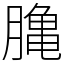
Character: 𪚲